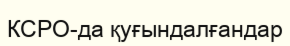
КСРО-да қуғындалғандар